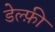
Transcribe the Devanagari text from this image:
डेल्फ़ी